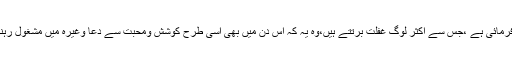
نیز امام شافعیؒ نے ایک بہت پیاری بات ارشاد فرمائی ہے ،جس سے اکثر لوگ غفلت برتتے ہیں،وہ یہ کہ اس دن میں بھی اسی طرح کوشش ومحبت سے دعا وغیرہ میں مشغول رہنا چاہیے جس طرح رات میں مشغور رہتے ہیں۔